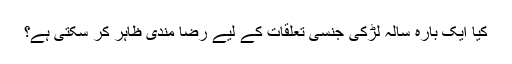
کیا ایک بارہ سالہ لڑکی جنسی تعلقات کے لیے رضا مندی ظاہر کر سکتی ہے؟